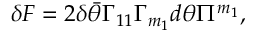
\delta { \cal F } = 2 \delta \bar { \theta } \Gamma _ { 1 1 } \Gamma _ { m _ { 1 } } d \theta \Pi ^ { m _ { 1 } } ,